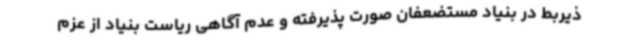
ذیربط در بنیاد مستضعفان صورت پذیرفته و عدم آگاهی ریاست بنیاد از عزم